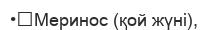
•	Меринос (қой жүні),